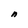
Character: n